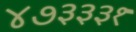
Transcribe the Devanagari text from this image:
४७३३३१